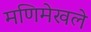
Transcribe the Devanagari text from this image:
मणिमेखले